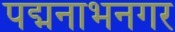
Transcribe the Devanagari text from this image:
पद्मनाभनगर